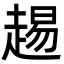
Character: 䞶